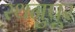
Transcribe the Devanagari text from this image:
रथनुपूर